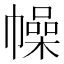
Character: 幧